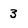
Character: 3